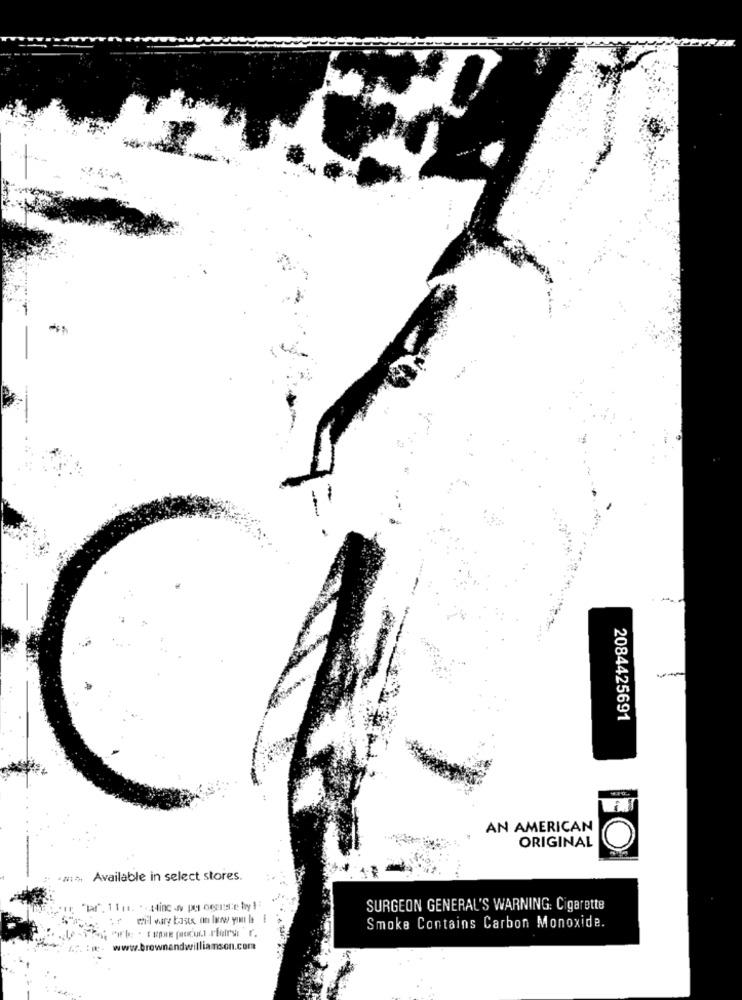
2084425691
AN AMERICAN
ORIGINAL
Available in select stores.
SURGEON GENERAL'S WARNING: Cigarette
Smoke Contains Carbon Monoxide.
www.brownandwilliamson.com